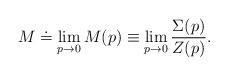
LaTeX: \begin{align*} M\doteq \lim_{p\rightarrow 0} M(p) \equiv \lim_{p\rightarrow 0} \frac{\Sigma(p)}{Z(p)}.\end{align*}